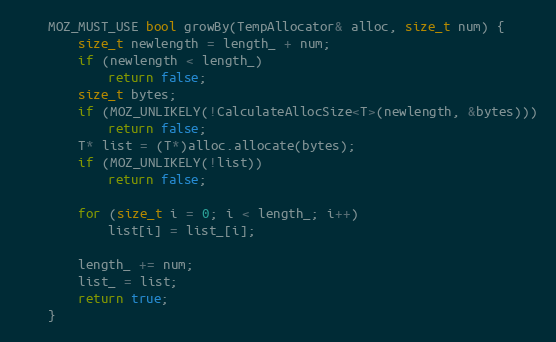
Language: C
    MOZ_MUST_USE bool growBy(TempAllocator& alloc, size_t num) {
        size_t newlength = length_ + num;
        if (newlength < length_)
            return false;
        size_t bytes;
        if (MOZ_UNLIKELY(!CalculateAllocSize<T>(newlength, &bytes)))
            return false;
        T* list = (T*)alloc.allocate(bytes);
        if (MOZ_UNLIKELY(!list))
            return false;

        for (size_t i = 0; i < length_; i++)
            list[i] = list_[i];

        length_ += num;
        list_ = list;
        return true;
    }